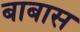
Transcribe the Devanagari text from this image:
बाबास